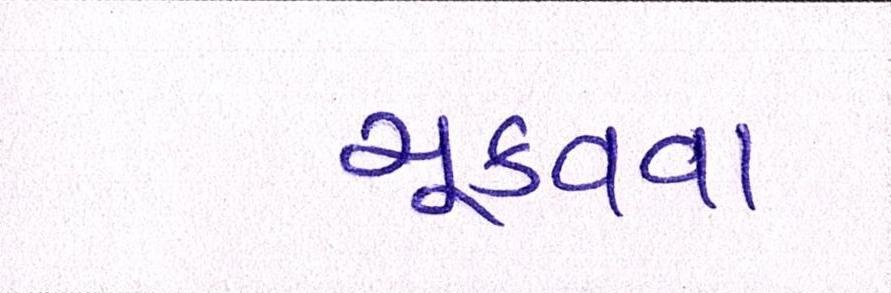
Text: ચૂકવવા